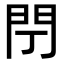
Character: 閅